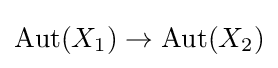
\operatorname {Aut} (X_{1})\to \operatorname {Aut} (X_{2})